Civil Veterinary Department. United Provinces 1932-42 - 1932-1942
Year: 1932
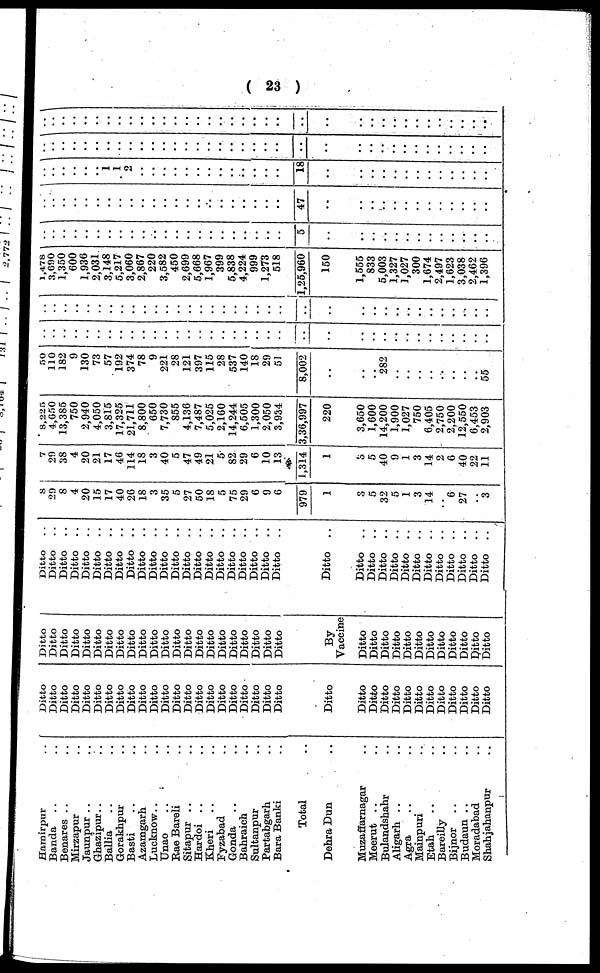
(23)
Hamirpur ..
Banda .. ..
Benares .. ..
Mirzapur ..
Jaunpur .. ..
Ghazipur .. ..
Ballia .. ..
Gorakhpur ..
Basti .. ..
Azamgarh ..
Lucknow.. ..
Unao .. ..
Rae Bareli ..
Sitapur .. ..
Hardoi .. ..
Kheri .. ..
Fyzabad ..
Gonda .. ..
Bahraich ..
Sultanpur ..
Partabgarh ..
Bara Banki ..
Total ..
Dehra Dun ..
Muzaffarnagar ..
Meerut .. ..
Bulandshahr ..
Aligarh .. ..
Agra .. ..
Mainpuri ..
Etah .. ..
Bareilly ..
Bijnor .. ..
Budaun .. ..
Moradabad ..
Shahjahanpur ..
Ditto
Ditto
Ditto
Ditto
Ditto
Ditto
Ditto
Ditto
Ditto
Ditto
Ditto
Ditto
Ditto
Ditto
Ditto
Ditto
Ditto
Ditto
Ditto
Ditto
Ditto
Ditto
Ditto
Ditto
Ditto
Ditto
Ditto
Ditto
Ditto
Ditto
Ditto
Ditto
Ditto
Ditto
Ditto
Ditto
Ditto
Ditto
Ditto
Ditto
Ditto
Ditto
Ditto
Ditto
Ditto
Ditto
Ditto
Ditto
Ditto
Ditto
Ditto
Ditto
Ditto
Ditto
Ditto
Ditto
Ditto
By
Vaccine
Ditto
Ditto
Ditto
Ditto
Ditto
Ditto
Ditto
Ditto
Ditto
Ditto
Ditto
Ditto
Ditto ..
Ditto
..
Ditto
..
Ditto
..
Ditto
..
Ditto
..
Ditto
..
Ditto
..
Ditto ..
Ditto
..
Ditto
..
Ditto
..
Ditto
..
Ditto
..
Ditto
..
Ditto
..
Ditto
..
Ditto
..
Ditto
..
Ditto
..
Ditto
..
Ditto
..
Ditto
..
Ditto
..
Ditto
..
Ditto
..
Ditto
..
Ditto
..
Ditto
..
Ditto
..
Ditto
..
Ditto
..
Ditto
..
Ditto
..
Ditto
..
8
29
8
4
20
15
17
40
26
18
3
35
5
27
50
18
5
75
29
6
9
6
979
1
3
5
32
5
1
3
14
..
6
27
..
3
7
29
38
4
20
21
17
46
114
18
3
40
5
47
49
21
5
82
29
6
10
13
1,314
1
3
5
40
9
1
3
14
2
6
40
22
11
8,225
4,650
13,385
750
2,940
4,050
3,815
17,325
21,711
8,800
650
7,730
855
4,136
7,487
5,025
2,160
14,244
6,505
1,300
2,050
3,934
3,36,997
220
3,650
1,600
14,200
1,900
1,027
750
6,405
2,750
2,200
12,550
6,453
2,903
50
110
182
9
130
73
57
192
374
78
9
221
28
121
397
115
28
537
140
18
29
51
8,002
..
..
..
282
..
..
..
..
..
..
..
..
55
..
..
..
..
..
..
..
..
..
..
..
..
..
..
..
..
..
..
..
..
..
..
..
..
..
..
..
..
..
..
..
..
..
..
..
..
..
..
..
..
..
..
..
..
..
..
..
..
..
..
..
..
..
..
..
..
..
..
..
..
..
..
..
..
..
..
..
..
..
..
..
..
1,478
3,690
1,350
600
1,936
2,031.
3,148
5,217
3,060
2,867
220
3,582
450
2,699
5,668
1,967
399
5,838
4,224
999
1,273
518
1,25,960
150
1,555
833
5,003
1,327
1,027
300
1,674
2,497
1,623
3,038
2,462
1,396
..
..
..
..
..
..
..
..
..
..
..
..
..
..
..
..
..
..
..
..
..
..
5
..
..
..
..
..
..
..
..
..
..
..
..
..
..
..
..
..
..
..
..
..
..
..
..
..
..
..
..
..
..
..
..
..
..
..
47
..
..
..
..
..
..
..
..
..
..
..
..
..
..
..
..
..
..
..
1
1
2
..
..
..
..
..
..
..
..
..
..
..
..
..
18
..
..
..
..
..
..
..
..
..
..
..
..
..
..
..
..
..
..
..
..
..
..
..
..
..
..
..
..
..
..
..
..
..
..
..
..
..
..
..
..
..
..
..
..
..
..
..
..
..
..
..
..
..
..
..
..
..
..
..
..
..
..
..
..
..
..
..
..
..
..
..
..
..
..
..
..
..
..
..
..
..
..
..
..
..